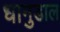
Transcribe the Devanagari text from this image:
धानुडाल